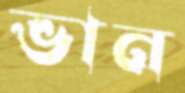
ভান